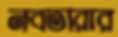
নবতারার